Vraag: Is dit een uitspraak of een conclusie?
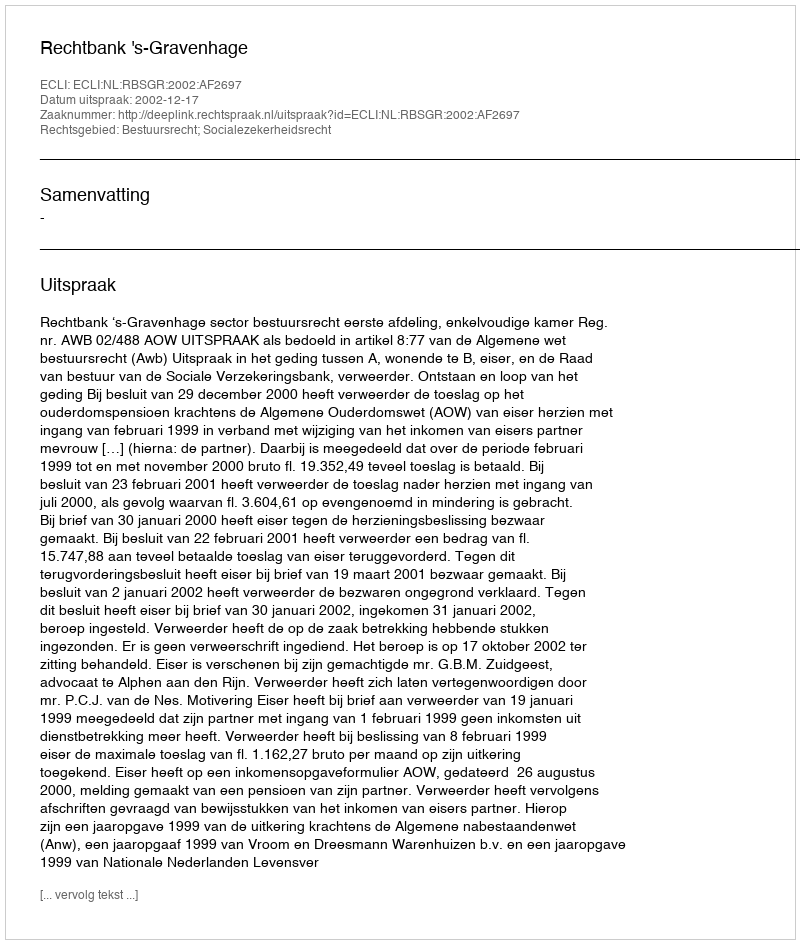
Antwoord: Uitspraak